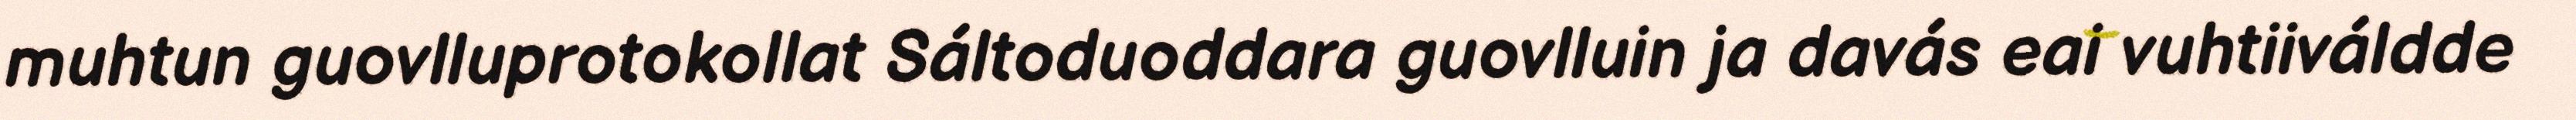
muhtun guovlluprotokollat Sáltoduoddara guovlluin ja davás eai vuhtiiváldde